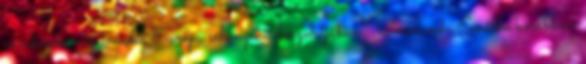
várakozik még mindig Európa schengeni előszobájában.” Smaranda Enache korábban